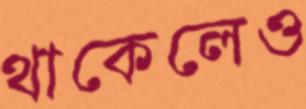
থাকেলেও